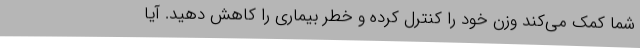
شما کمک می‌کند وزن خود را کنترل کرده و خطر بیماری را کاهش دهید. آیا